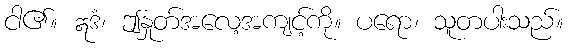
ငါ၏။ ဣဒံ၊ ဤနှုတ်အလေ့အကျင့်ကို။ ပရော၊ သူတပါးသည်။